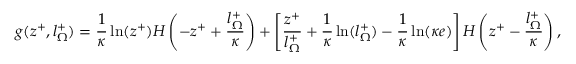
g ( z ^ { + } , l _ { \Omega } ^ { + } ) = \frac { 1 } { \kappa } \ln ( z ^ { + } ) H \left( - z ^ { + } + \frac { l _ { \Omega } ^ { + } } { \kappa } \right) + \left[ \frac { z ^ { + } } { l _ { \Omega } ^ { + } } + \frac { 1 } { \kappa } \ln ( l _ { \Omega } ^ { + } ) - \frac { 1 } { \kappa } \ln ( \kappa e ) \right] H \left( z ^ { + } - \frac { l _ { \Omega } ^ { + } } { \kappa } \right) ,